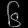
Digit: ၆